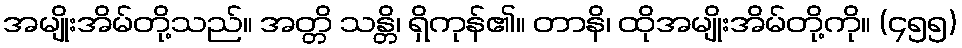
အမျိုးအိမ်တို့သည်။ အတ္တိ သန္တိ၊ ရှိကုန်၏။ တာနိ၊ ထိုအမျိုးအိမ်တို့ကို။ (၄၅၅)